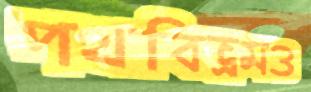
পথবিভ্রমও